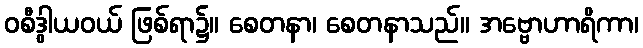
ဝစီဒွါယဝယ် ဖြစ်ရာ၌။ စေတနာ၊ စေတနာသည်။ အဗ္ဗောဟာရိကာ၊